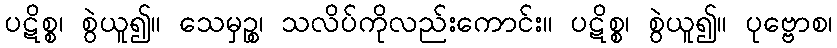
ပဋိစ္စ၊ စွဲယူ၍။ သေမှဉ္စ၊ သလိပ်ကိုလည်းကောင်း။ ပဋိစ္စ၊ စွဲယူ၍။ ပုဗ္ဗောစ၊